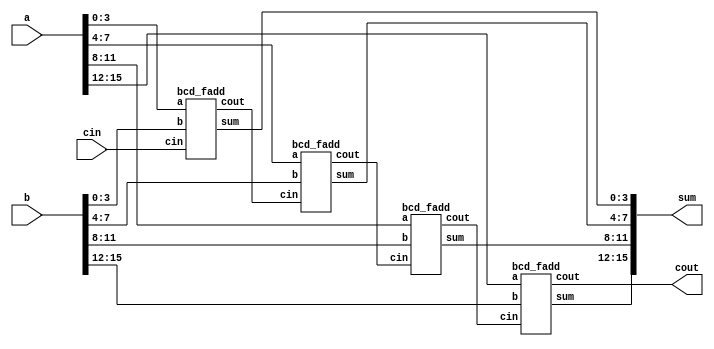
module top_module ( 
    input [15:0] a, b,
    input cin,
    output cout,
    output [15:0] sum 
    );

wire c1, c2, c3;
bcd_fadd adder1(
    .a(a[3:0]),
    .b(b[3:0]),
    .cin(cin),
    .sum(sum[3:0]),
    .cout(c1)
);
bcd_fadd adder2(
    .a(a[7:4]),
    .b(b[7:4]),
    .cin(c1),
    .sum(sum[7:4]),
    .cout(c2)
);
bcd_fadd adder3(
    .a(a[11:8]),
    .b(b[11:8]),
    .cin(c2),
    .sum(sum[11:8]),
    .cout(c3)
);
bcd_fadd adder4(
    .a(a[15:12]),
    .b(b[15:12]),
    .cin(c3),
    .sum(sum[15:12]),
    .cout(cout)
);
endmodule


module bcd_fadd (
    input [3:0] a,
    input [3:0] b,
    input cin,
    output cout,
    output [3:0] sum
    );
wire [4:0] temp;


assign temp = a + b + cin;
assign {cout, sum} = (temp > 9) ? {1'b1, temp-5'd10} : {1'b0, temp};

endmodule